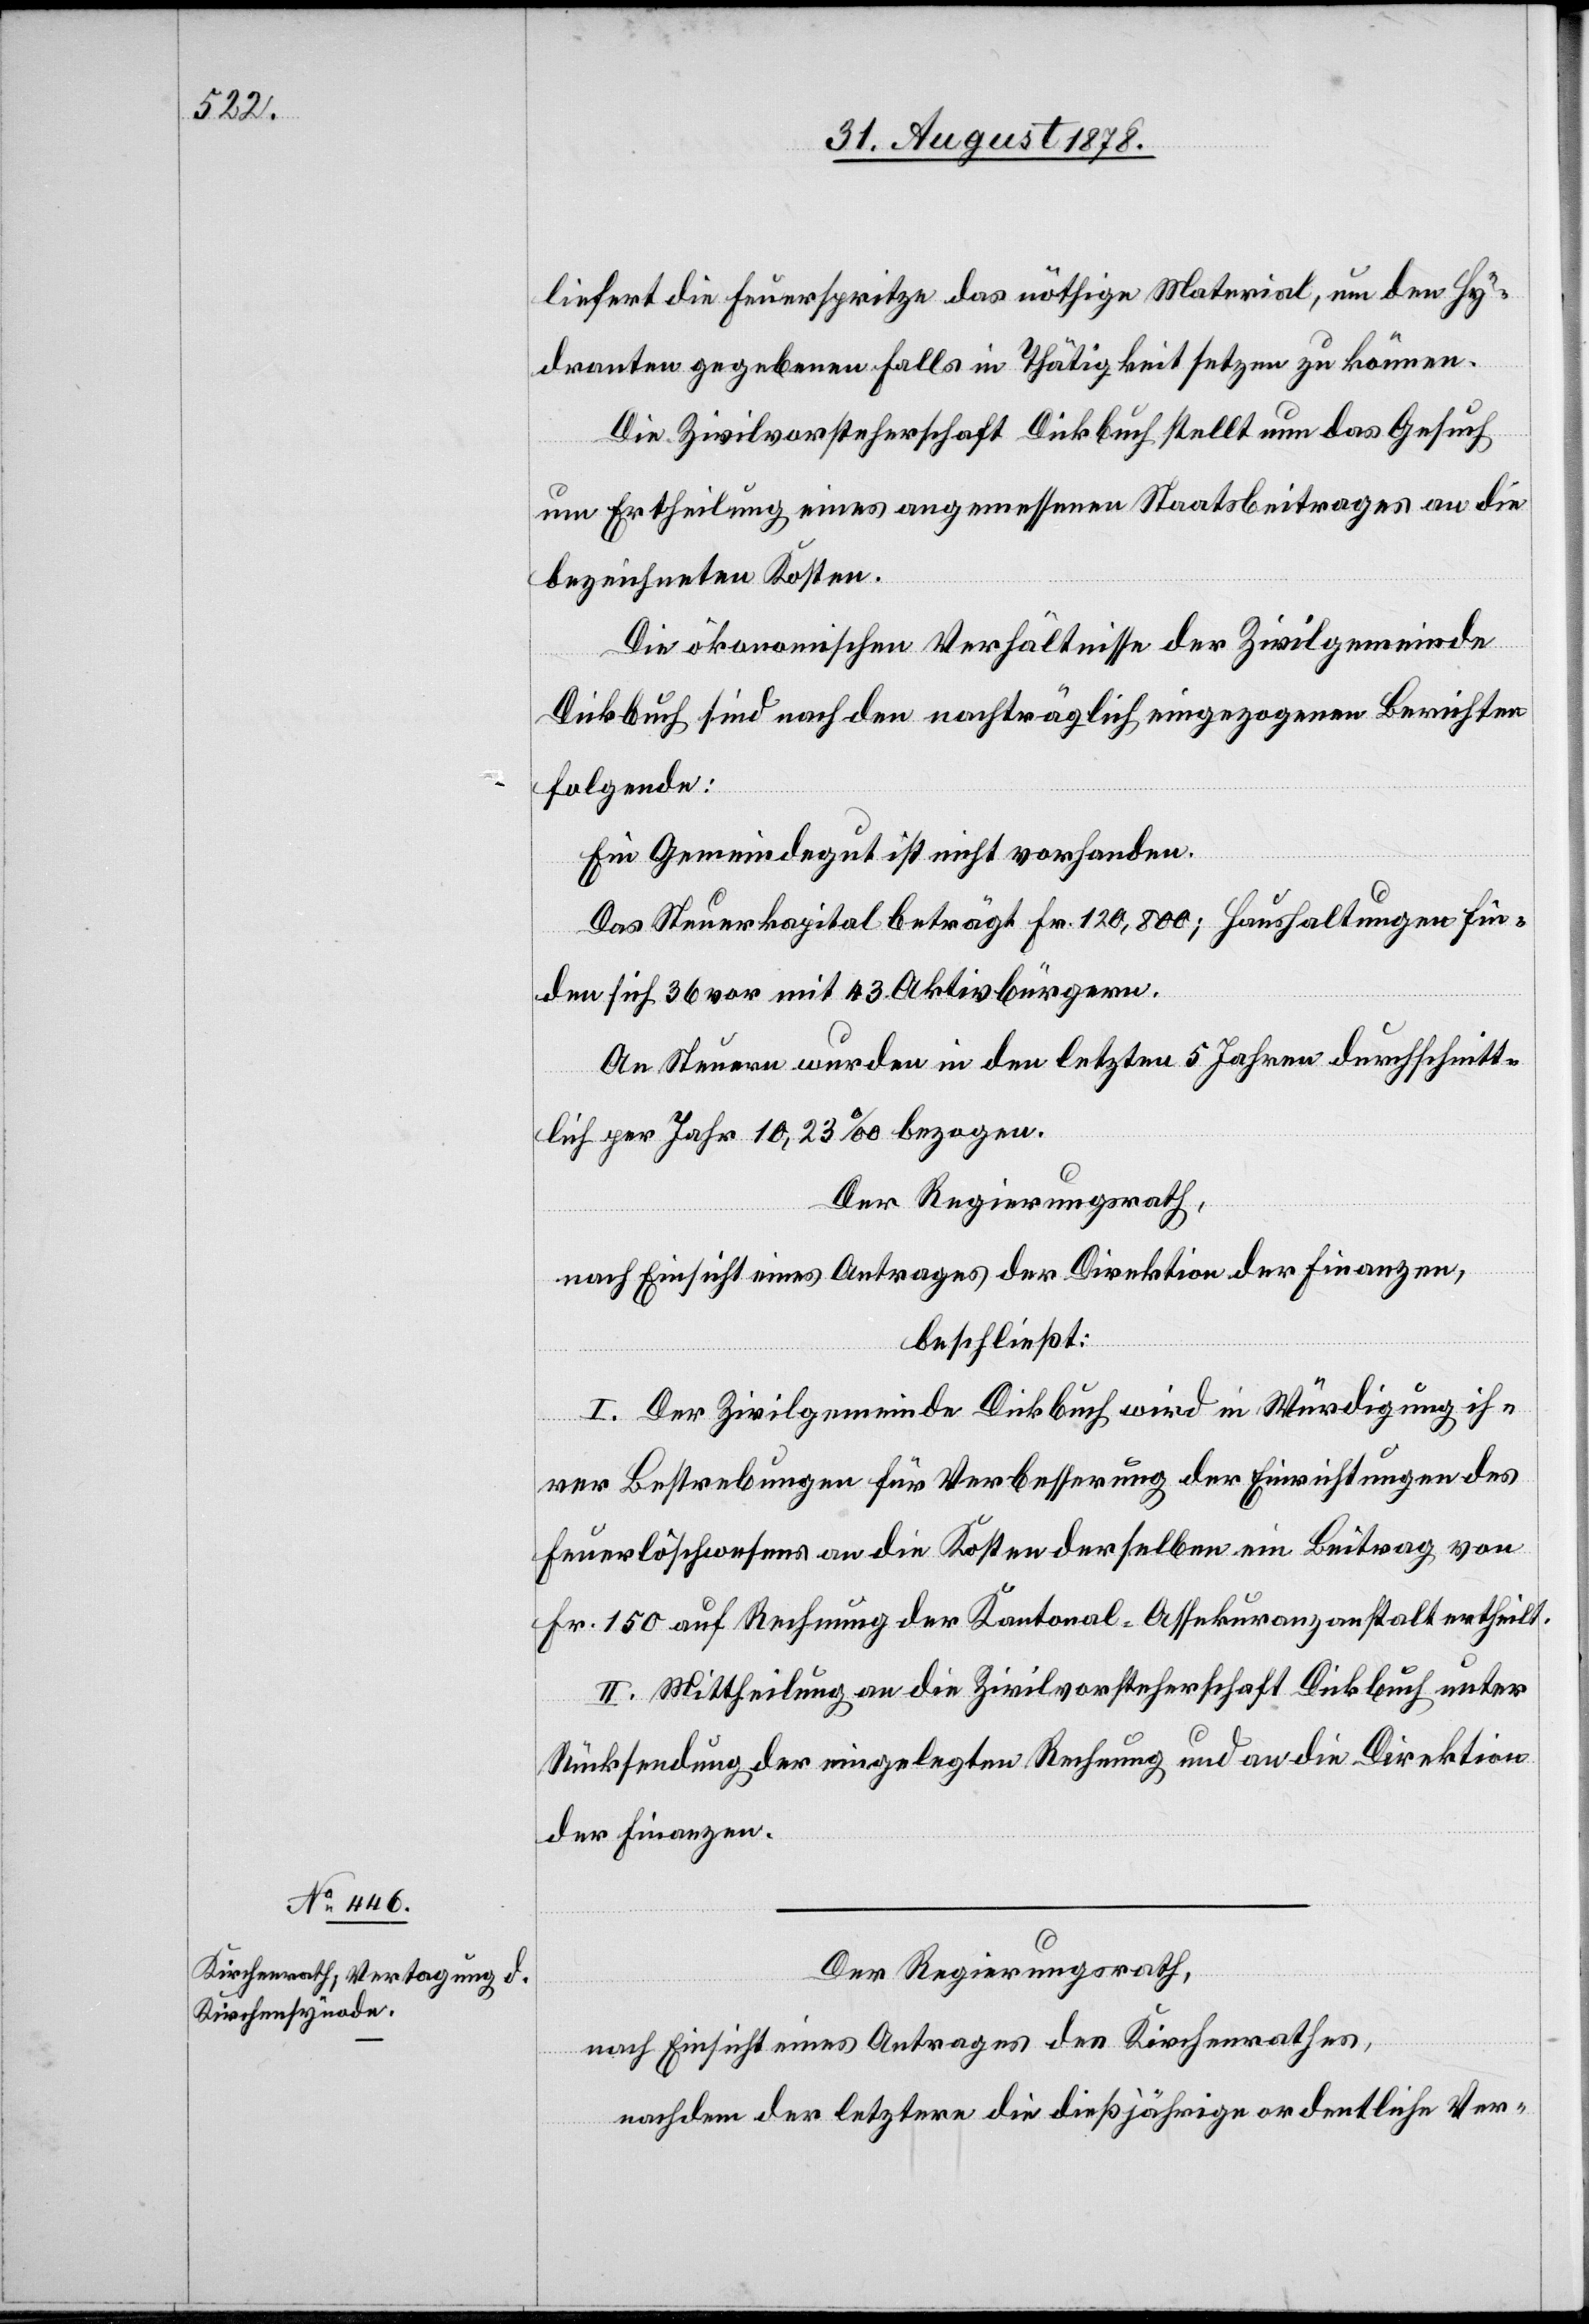
liefert die Feuerspritze das nöthige Material, um den Hy¬
dranten gegebenenfalls in Thätigkeit setzen zu können.
Die Zivilvorsteherschaft Dickbuch stellt nun das Gesuch
um Ertheilung eines angemessenen Staatsbeitrages an die
bezeichneten Kosten.
Die ökonomischen Verhältnisse der Zivilgemeinde
Dickbuch sind nach den nachträglich eingezogenen Berichten
folgende:
Ein Gemeindegut ist nicht vorhanden.
Das Steuerkapital beträgt Fr. 120,800; Haushaltungen fin¬
den sich 36 vor mit 43 Aktivbürgern.
An Steuern wurden in den letzten 5 Jahren durchschnitt¬
lich per Jahr 10,23‰ bezogen.
Der Regierungsrath,
nach Einsicht eines Antrages der Direktion der Finanzen,
beschließt:
I. Die Zivilgemeinde Dickbuch wird in Würdigung ih¬
rer Bestrebungen für Verbesserung der Einrichtungen des
Feuerlöschwesens an die Kosten derselben ein Beitrag von
Fr. 150 auf Rechnung der Kantonal-Assekuranzanstalt ertheilt.
II. Mittheilung an die Zivilvorsteherschaft Dickbuch unter
Rücksendung der eingelegten Rechnung und an die Direktion
der Finanzen.
Der Regierungsrath,
nach Einsicht eines Antrages des Kirchenrathes,
nachdem der letztern die dießjährige ordentliche Ver-